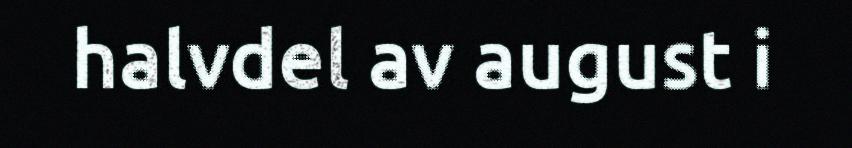
halvdel av august i